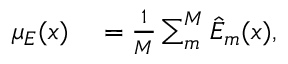
\begin{array} { r l } { \mu _ { E } ( x ) } & { { } = \frac { 1 } { M } \sum _ { m } ^ { M } \hat { E } _ { m } ( x ) , } \end{array}